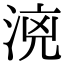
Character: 𣶑